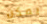
يمكن